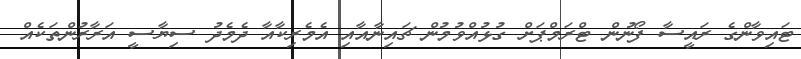
ޓައިވާންގެ ރައީސާ ފޯނުން ޓްރަމްޕަށް ގުޅުއްވުމުން ޗައިނާއާއި އެމެރިކާއާ ދެމެދު ސިޔާސީ އަރާރުންތަކެއް